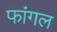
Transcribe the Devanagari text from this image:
फांगल